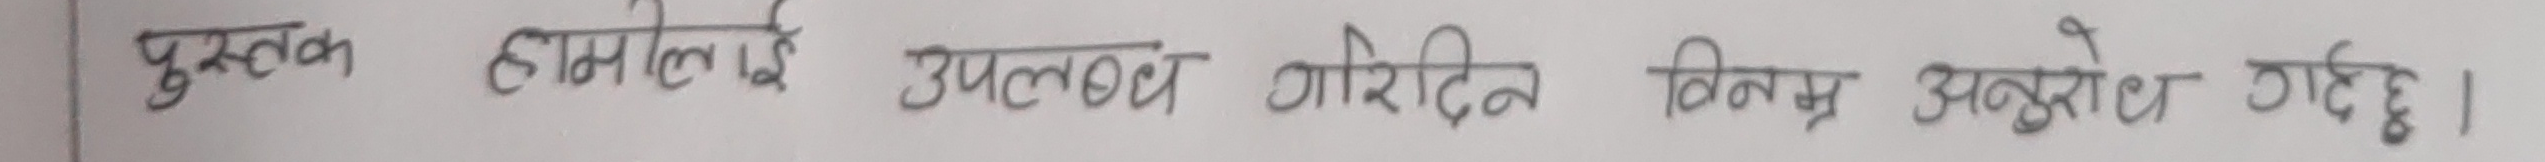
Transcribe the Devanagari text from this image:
पुस्तक हामीलाई उपलब्ध गरिदिन विनम्र अनुरोध गर्दछु।